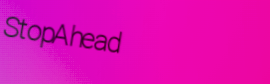
StopAhead